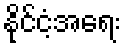
နိုင်ငံ့အရေး